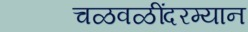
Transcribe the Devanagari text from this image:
चळवळींदरम्यान